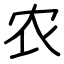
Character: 农